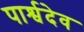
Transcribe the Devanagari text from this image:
पार्श्वदेव